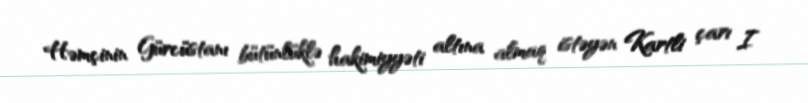
Həmçinin Gürcüstanı bütünlüklə hakimiyyəti altına almaq istəyən Kartli çarı I